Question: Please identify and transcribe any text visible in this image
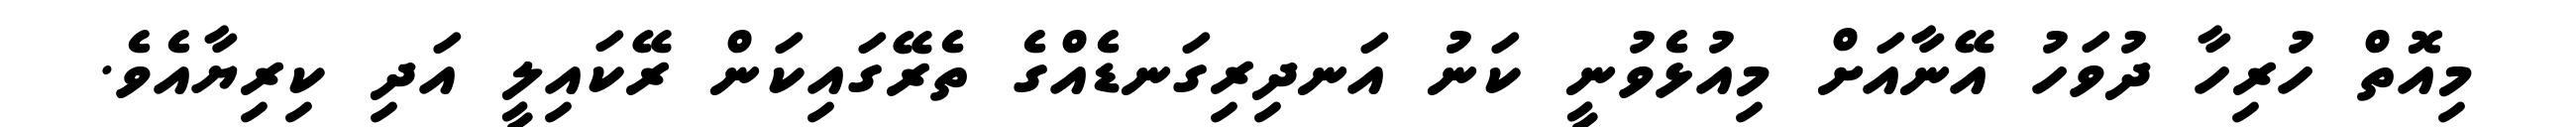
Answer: މިއޮތް ހުރިހާ ދުވަހު އޭނާއަށް މިއުޅެވުނީ ކަނު އަނދިރިގަނޑެއްގެ ތެރޭގައިކަން ރޭކައިލީ އަދި ކިރިޔާއެވެ.